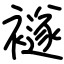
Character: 襚